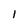
Character: I